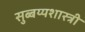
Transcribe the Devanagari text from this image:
सुब्बय्यशास्त्री